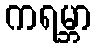
ကရမ္ဘာ